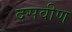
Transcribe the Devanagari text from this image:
दसवीण